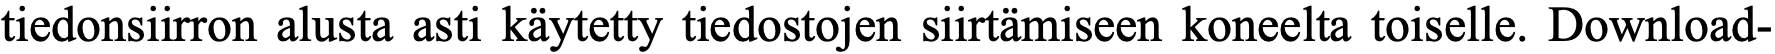
tiedonsiirron alusta asti käytetty tiedostojen siirtämiseen koneelta toiselle. Download-